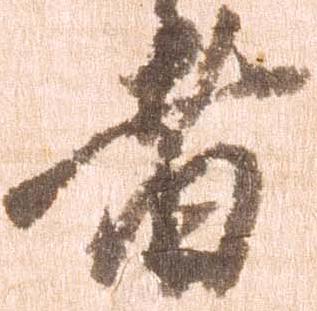
者